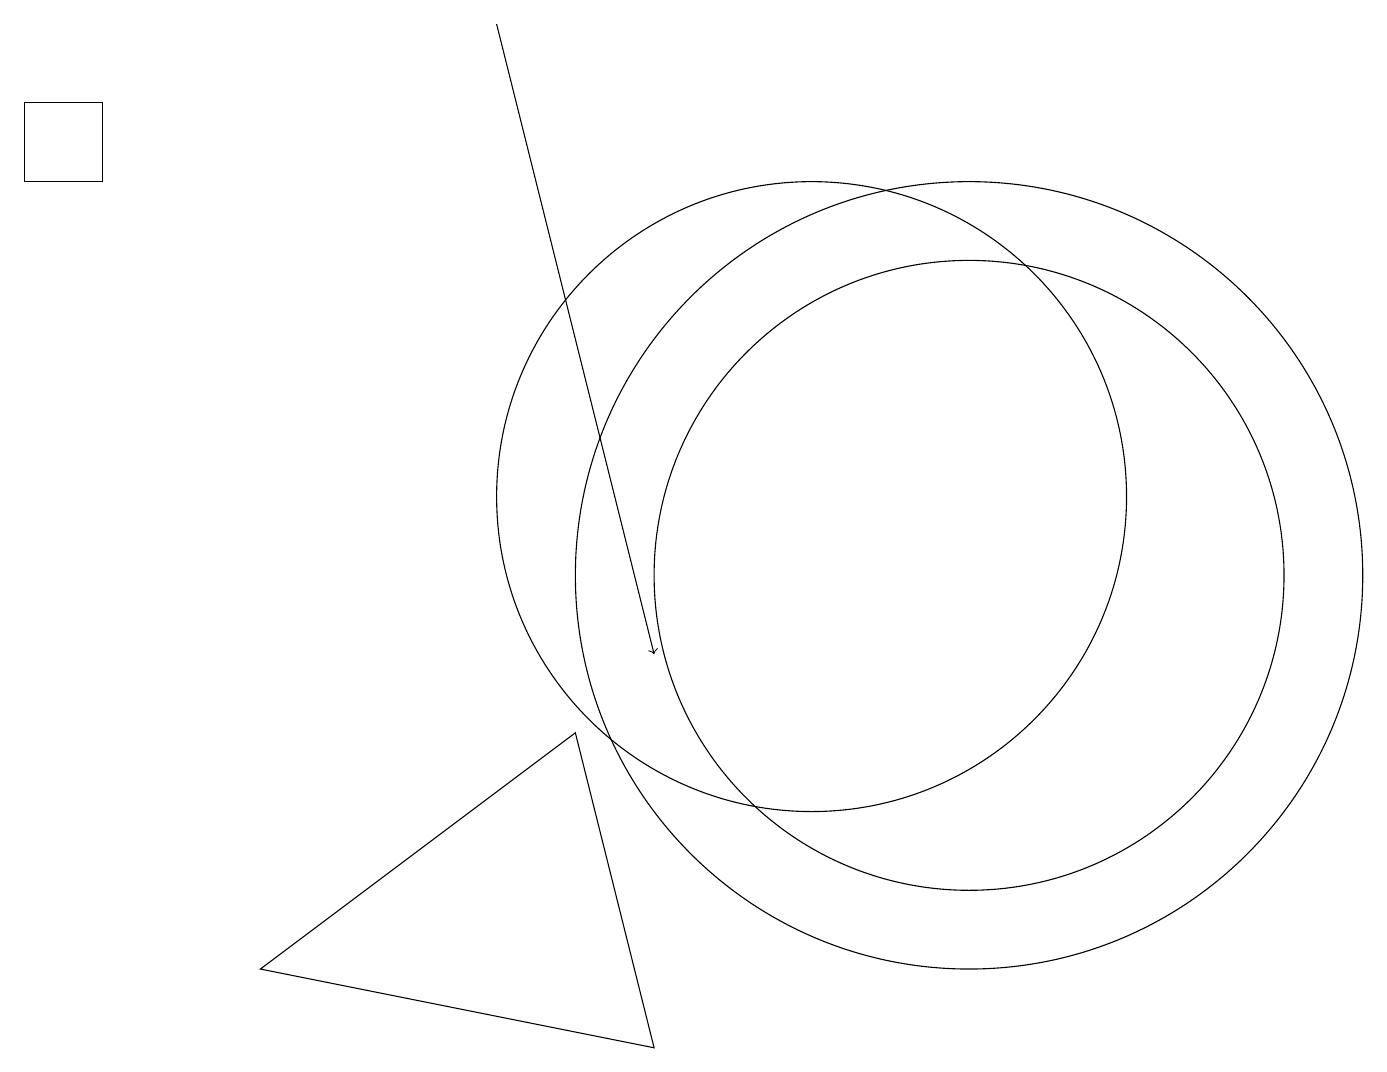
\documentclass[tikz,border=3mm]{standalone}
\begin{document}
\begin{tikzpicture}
\draw (12,11) circle (4);
\draw (12,11) circle (5);
\draw[->] (6,18) -- (8,10);
\draw (0,16) rectangle (1,17);
\draw (3,6) -- (7,9) -- (8,5) -- cycle;
\draw (10,12) circle (4);
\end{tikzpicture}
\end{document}